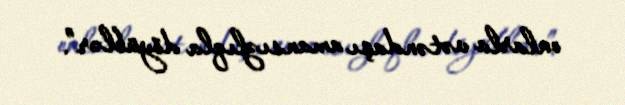
onlarla vətəndaşı amansızlıqla döyüblər”.